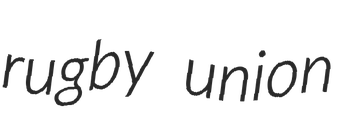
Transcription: rugby union